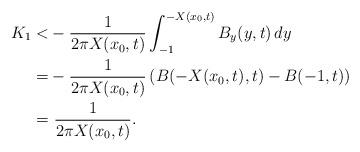
LaTeX: \begin{align*}K_1<&-\frac{1}{2\pi X(x_0,t)} \int_{-1}^{-X(x_0, t)} B_y(y,t)\, dy\\=&-\frac{1}{2\pi X(x_0,t)}\left(B(-X(x_0,t),t)-B(-1,t)\right)\\=&\ \frac{1}{2\pi X(x_0,t)}.\end{align*}